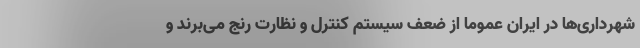
شهرداری‌ها در ایران عموما از ضعف سیستم کنترل و نظارت رنج می‌برند و